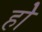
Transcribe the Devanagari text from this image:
होे